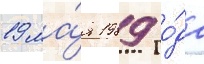
19 ма́я 1989 го́да